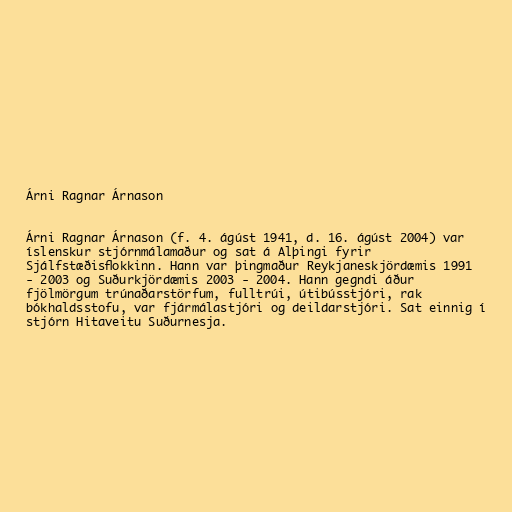
Árni Ragnar Árnason

Árni Ragnar Árnason (f. 4. ágúst 1941, d. 16. ágúst 2004) var
íslenskur stjórnmálamaður og sat á Alþingi fyrir
Sjálfstæðisflokkinn. Hann var þingmaður Reykjaneskjördæmis 1991
- 2003 og Suðurkjördæmis 2003 - 2004. Hann gegndi áður
fjölmörgum trúnaðarstörfum, fulltrúi, útibússtjóri, rak
bókhaldsstofu, var fjármálastjóri og deildarstjóri. Sat einnig í
stjórn Hitaveitu Suðurnesja.